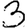
Digit: 3